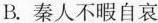
B.秦人不暇自哀